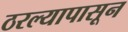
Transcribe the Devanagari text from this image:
ठरल्यापासून